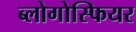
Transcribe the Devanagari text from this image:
ब्लोगोस्फियर